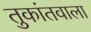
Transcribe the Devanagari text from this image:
तुकांतवाला